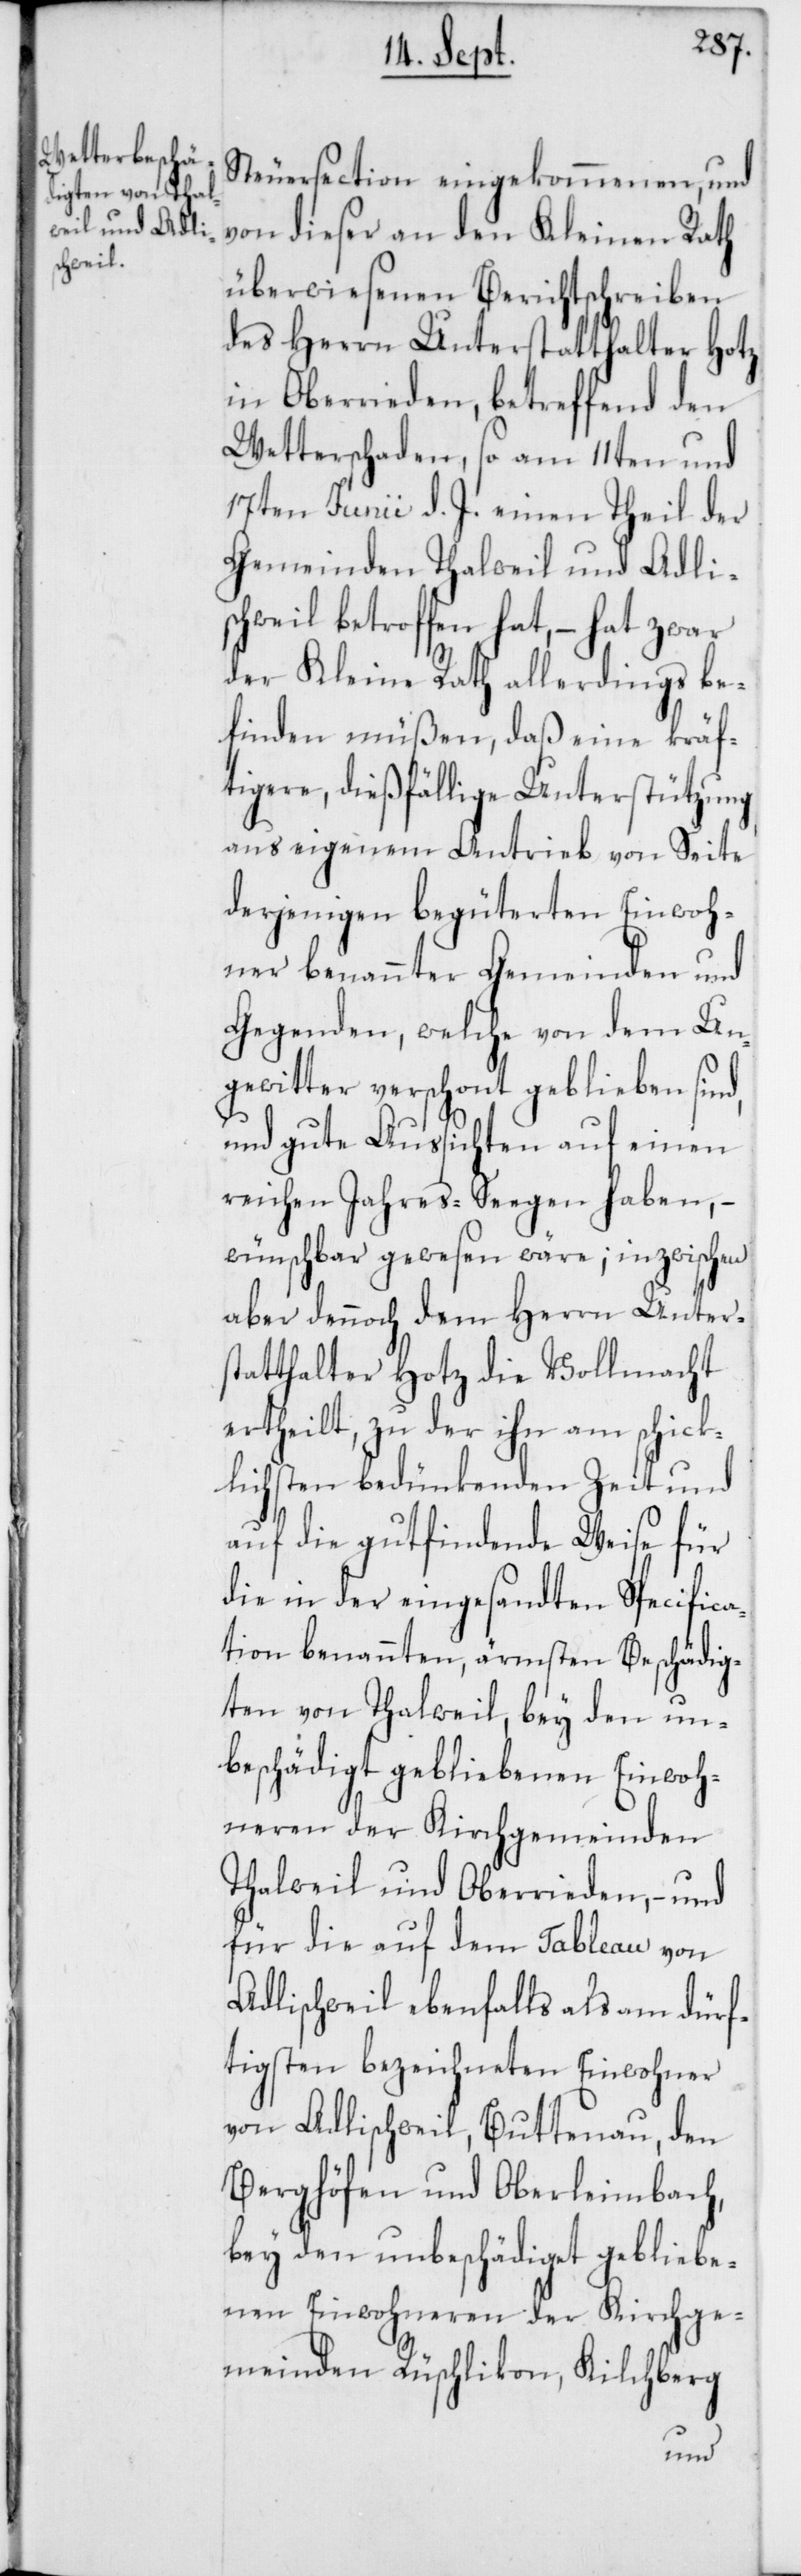
Steuersection eingekommenen, und
von dieser an den Kleinen Rath
überwiesenen Berichtschreiben
des Herrn Unterstatthalter Hotz
in Oberrieden, betreffend den
Wetterschaden, so am 11ten und
17ten Junii d. J. einen Theil der
Gemeinden Thalwil und Adli¬
schweil betroffen hat, – hat zwar
der Kleine Rath allerdings be¬
finden müßen, daß eine kräf¬
tigere, dießfällige Unterstützung
aus eigenem Antrieb von Seite
derjenigen begüterten Einwoh¬
ner benannter Gemeinden und
Gegenden, welche von dem Un¬
gewitter verschont geblieben sind,
und gute Aussichten auf einen
reichen Jahres-Segen haben, –
wünschbar gewesen wäre; inzwischen
aber dennoch dem Herrn Unters¬
tatthalter Hotz die Vollmacht
ertheilt, zu der ihn am schick¬
lichsten bedünkenden Zeit und
auf die gutfindende Weise für
die in der eingesandten Specifica¬
tion benannten, ärmsten Beschädig¬
ten von Thalweil, bey den un¬
beschädigt gebliebenen Einwoh¬
neren der Kirchgemeinden
Thalweil und Oberrieden, – und
für die auf dem Tableau von
Adlischweil ebenfalls als am dürf¬
tigsten bezeichneten Einwohner
von Adlischweil, Buttenau, den
Berghöfen und Oberleimbach,
bey den unbeschädiget gebliebe¬
nen Einwohneren der Kirchge¬
meinden Rüschlikon, Kilchberg